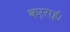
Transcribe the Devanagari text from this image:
कर्राईं।